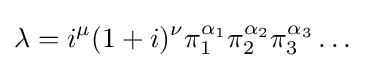
\lambda =i^{\mu }(1+i)^{\nu }\pi _{1}^{\alpha _{1}}\pi _{2}^{\alpha _{2}}\pi _{3}^{\alpha _{3}}\dots